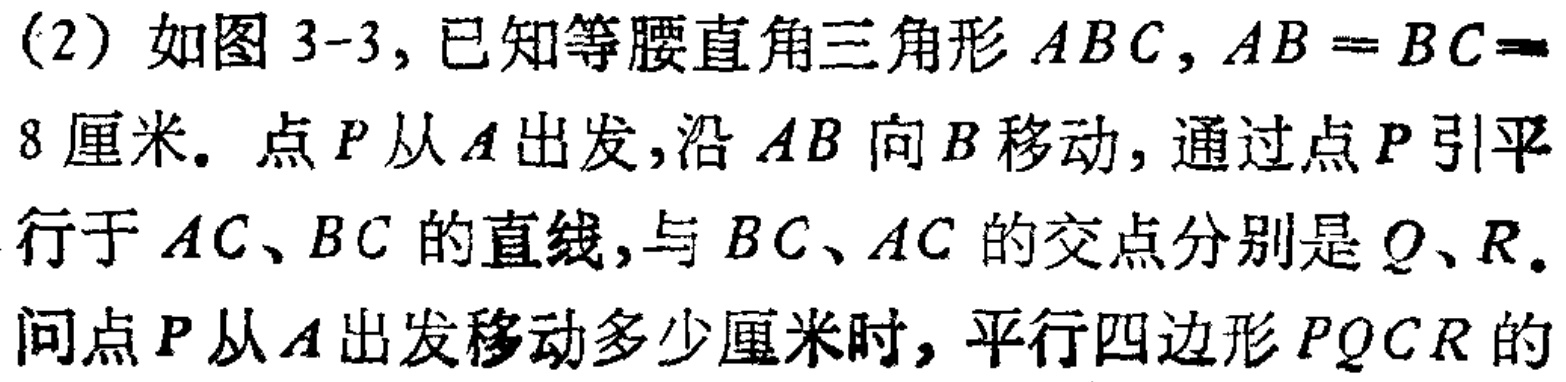
(2) 如图 3-3, 已知等腰直角三角形 \(ABC\), \(AB = BC = 8\)厘米。点 \(P\)从 \(A\)出发,沿 \(AB\)向 \(B\)移动, 通过点 \(P\)引平行于 \(AC\)、\(BC\) 的直线,与 \(BC\)、\(AC\) 的交点分别是 \(Q\)、\(R\)。问点 \(P\)从 \(A\)出发移动多少厘米时, 平行四边形 \(PQCR\)的